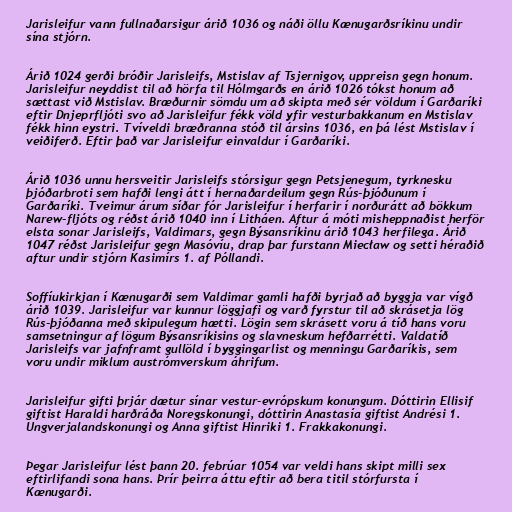
Jarisleifur vann fullnaðarsigur árið 1036 og náði öllu Kænugarðsríkinu undir
sína stjórn.

Árið 1024 gerði bróðir Jarisleifs, Mstislav af Tsjernigov, uppreisn gegn honum.
Jarisleifur neyddist til að hörfa til Hólmgarðs en árið 1026 tókst honum að
sættast við Mstislav. Bræðurnir sömdu um að skipta með sér völdum í Garðaríki
eftir Dnjeprfljóti svo að Jarisleifur fékk völd yfir vesturbakkanum en Mstislav
fékk hinn eystri. Tvíveldi bræðranna stóð til ársins 1036, en þá lést Mstislav í
veiðiferð. Eftir það var Jarisleifur einvaldur í Garðaríki.

Árið 1036 unnu hersveitir Jarisleifs stórsigur gegn Petsjenegum, tyrknesku
þjóðarbroti sem hafði lengi átt í hernaðardeilum gegn Rús-þjóðunum í
Garðaríki. Tveimur árum síðar fór Jarisleifur í herfarir í norðurátt að bökkum
Narew-fljóts og réðst árið 1040 inn í Litháen. Aftur á móti misheppnaðist herför
elsta sonar Jarisleifs, Valdimars, gegn Býsansríkinu árið 1043 herfilega. Árið
1047 réðst Jarisleifur gegn Masóvíu, drap þar furstann Miecław og setti héraðið
aftur undir stjórn Kasimírs 1. af Póllandi.

Soffíukirkjan í Kænugarði sem Valdimar gamli hafði byrjað að byggja var vígð
árið 1039. Jarisleifur var kunnur löggjafi og varð fyrstur til að skrásetja lög
Rús-þjóðanna með skipulegum hætti. Lögin sem skrásett voru á tíð hans voru
samsetningur af lögum Býsansríkisins og slavneskum hefðarrétti. Valdatíð
Jarisleifs var jafnframt gullöld í byggingarlist og menningu Garðaríkis, sem
voru undir miklum austrómverskum áhrifum.

Jarisleifur gifti þrjár dætur sínar vestur-evrópskum konungum. Dóttirin Ellisif
giftist Haraldi harðráða Noregskonungi, dóttirin Anastasía giftist Andrési 1.
Ungverjalandskonungi og Anna giftist Hinriki 1. Frakkakonungi.

Þegar Jarisleifur lést þann 20. febrúar 1054 var veldi hans skipt milli sex
eftirlifandi sona hans. Þrír þeirra áttu eftir að bera titil stórfursta í
Kænugarði.